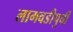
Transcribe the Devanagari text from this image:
लागवडीपुर्वी